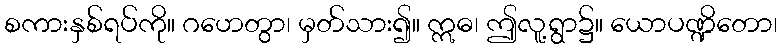
စကားနှစ်ရပ်ကို။ ဂဟေတွာ၊ မှတ်သား၍။ ဣဓ၊ ဤလူ့ရွာ၌။ ယောပဏ္ဍိတော၊